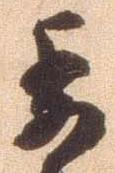
委